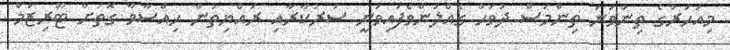
މިއަހަރުގެ ތިންވަނަ ތިންމަސް ދުވަހު ގެއްލުންވެފައިވަނީ ސަރުކާރާއި ރައްޔިތުން ހިއްސާވާ ގޮތަށް ޓޫރިޒަމް